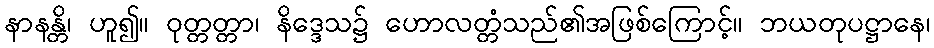
နာနန္တိ၊ ဟူ၍။ ဝုတ္တတ္တာ၊ နိဒ္ဒေသ၌ ဟောလတ္တံသည်၏အဖြစ်ကြောင့်။ ဘယတုပဋ္ဌာနေ၊